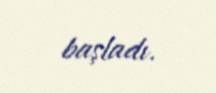
başladı.